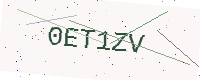
Text: 0ET1ZV